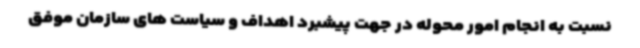
نسبت به انجام امور محوله در جهت پیشبرد اهداف و سیاست های سازمان موفق